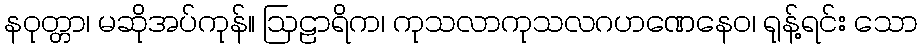
နဝုတ္တာ၊ မဆိုအပ်ကုန်။ ဩဠာရိက၊ ကုသလာကုသလဂဟဏေနေဝ၊ ရုန့်ရင်း သော